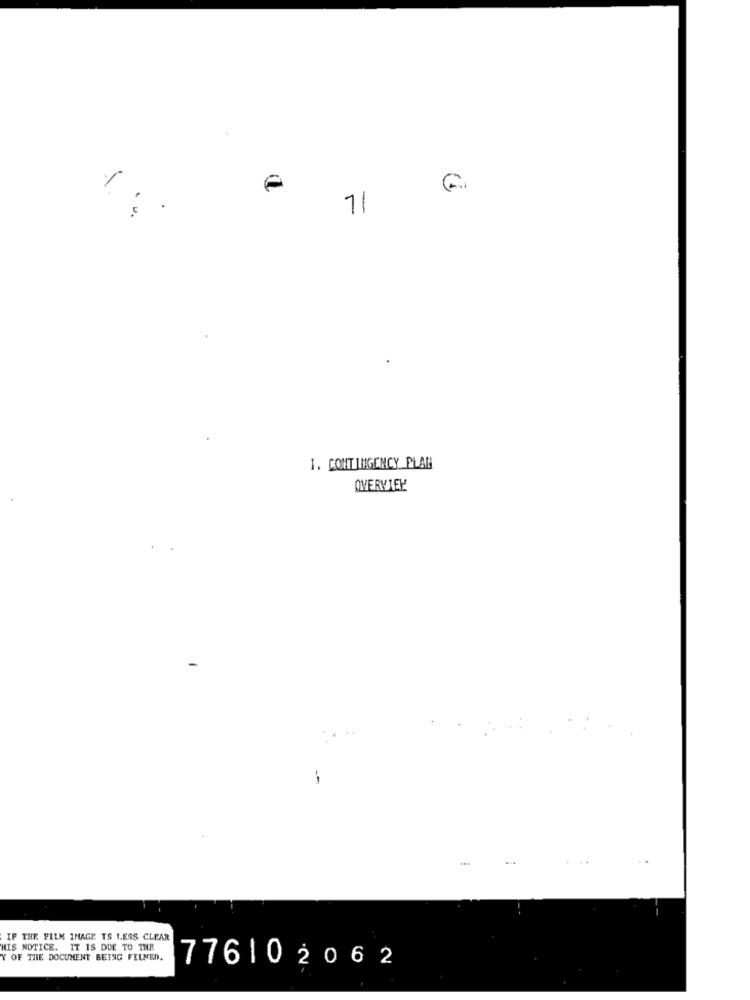
71
1. CONTINGENCY PLAN
OVERVIEL
-
..
IF THE FILM IMAGE TS LESS CLEAR
HIS NOTICE. IT IS DUE TO THE
Y OF THE DOCUMENT BEING FILMEN.
776102062